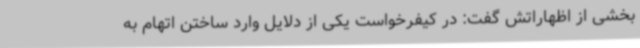
بخشی از اظهاراتش گفت: در کیفرخواست یکی از دلایل وارد ساختن اتهام به